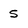
Character: 5